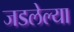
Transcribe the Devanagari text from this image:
जडलेल्या